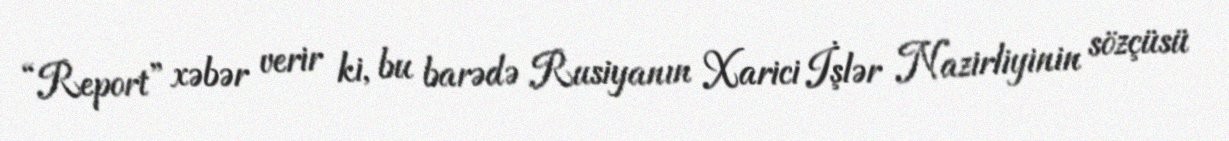
“Report” xəbər verir ki, bu barədə Rusiyanın Xarici İşlər Nazirliyinin sözçüsü